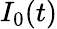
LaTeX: I_{0}(t)